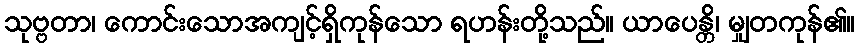
သုဗ္ဗတာ၊ ကောင်းသောအကျင့်ရှိကုန်သော ရဟန်းတို့သည်။ ယာပေန္တိ၊ မျှတကုန်၏။